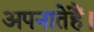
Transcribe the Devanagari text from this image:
अपनातेहैं।